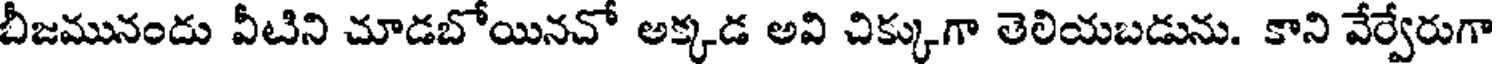
బీజమునందు వీటిని చూడబోయినచో అక్కడ అవి చిక్కుగా తెలియబడును. కాని వేర్వేరుగా